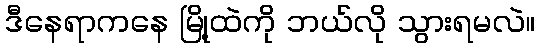
ဒီနေရာကနေ မြို့ထဲကို ဘယ်လို သွားရမလဲ။